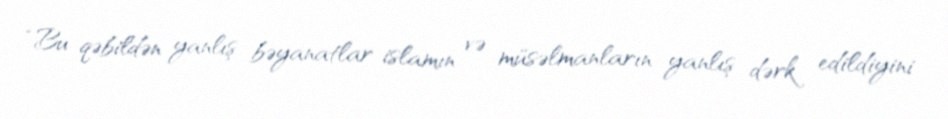
“Bu qəbildən yanlış bəyanatlar islamın və müsəlmanların yanlış dərk edildiyini